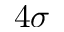
4 \sigma